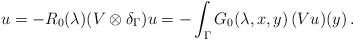
\begin{align*}u=-R_0(\lambda)(V\otimes\delta_\Gamma)u=-\int_\Gamma G_0(\lambda,x,y)\,(Vu)(y)\,.\end{align*}